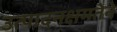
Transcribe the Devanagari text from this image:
उत्पादनक्षमतेने